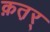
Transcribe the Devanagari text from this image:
क़त़र्